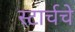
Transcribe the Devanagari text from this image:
स्टार्चचे